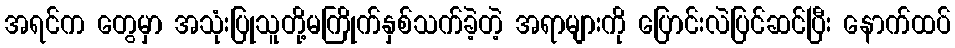
အရင်က တွေမှာ အသုံးပြုသူတို့မကြိုက်နှစ်သက်ခဲ့တဲ့ အရာများကို ပြောင်းလဲပြင်ဆင်ပြီး နောက်ထပ်